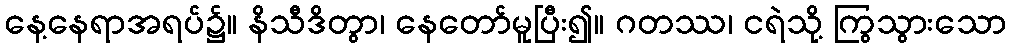
နေ့နေရာအရပ်၌။ နိသီဒိတွာ၊ နေတော်မူပြီး၍။ ဂတဿ၊ ငရဲသို့ ကြွသွားသော